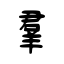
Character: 羣